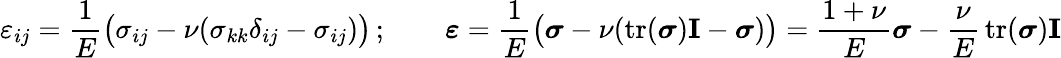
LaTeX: \varepsilon_{ij}={\frac{1}{E}}{\big(}\sigma_{ij}-\nu(\sigma_{kk}\delta_{ij}-\sigma_{ij}){\big)}\, ;\qquad{\boldsymbol{\varepsilon}}={\frac{1}{E}}{\big(}{\boldsymbol{\sigma}}-\nu(\operatorname{tr}({\boldsymbol{\sigma}})\mathbf{I}-{\boldsymbol{\sigma}}){\big)}={\frac{1+\nu}{E}}{\boldsymbol{\sigma}}-{\frac{\nu}{E}}\operatorname{tr}({\boldsymbol{\sigma}})\mathbf{I}